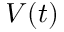
V ( t )